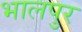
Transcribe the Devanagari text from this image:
भालपुर